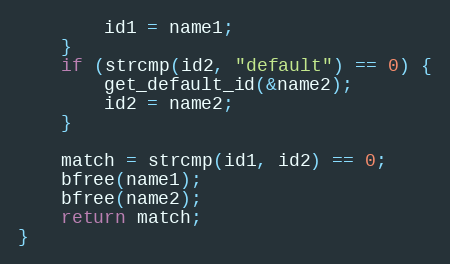
Language: C
		id1 = name1;
	}
	if (strcmp(id2, "default") == 0) {
		get_default_id(&name2);
		id2 = name2;
	}

	match = strcmp(id1, id2) == 0;
	bfree(name1);
	bfree(name2);
	return match;
}